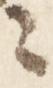
々